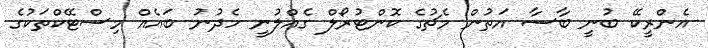
އެންރީކޭ ބުނީ ބާސާ އަތުން މެޗުގެ ކޮންޓުރޯލް ގެއްލުނީ ހެދުނު ބައެއް މިސްޓޭކްތަކުގެ